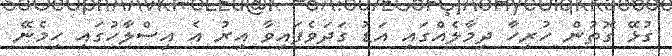
ގުޅޭ ގޮތުން ހުރިހާ ދިމާލެއްގައި އަޑު ގަދަވެފައިވާ އިރު އެ އިސްލާހުގައި ހިމެނޭ